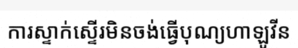
ការស្ទាក់ស្ទើរមិនចង់ធ្វើបុណ្យហាឡូវីន